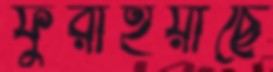
ফুরাইয়াছে